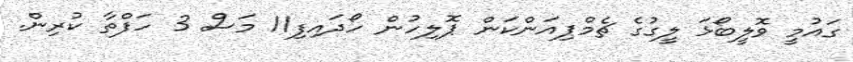
ގައުމީ ވޮލީބޯޅަ ލީގުގެ ޗެމްޕިއަންކަން ޕޮލިހުން ހޯދައިފި11 މަސް 3 ހަފްތާ ކުރިން.